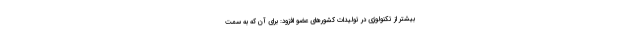
بیشتر از تکنولوژی در تولیدات کشور‌های عضو افزود: برای آن که به سمت